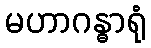
မဟာဂန္ဓာရုံ